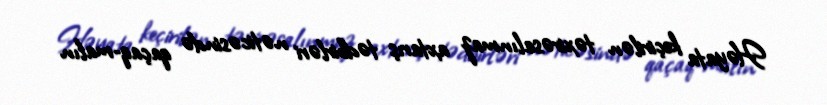
Həyata keçirilən təxirəsalınmaz axtarış tədbirləri nəticəsində qaçaq­malın